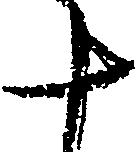
十